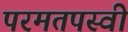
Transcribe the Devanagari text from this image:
परमतपस्वी